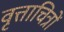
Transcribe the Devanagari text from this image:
वृत्ताचित्रों